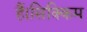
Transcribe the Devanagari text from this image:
हैं।सिक्किम